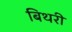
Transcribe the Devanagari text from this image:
बिथरी